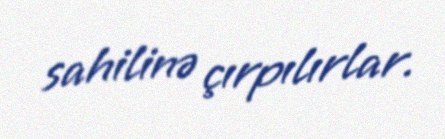
sahilinə çırpılırlar.